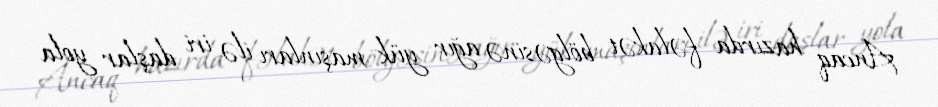
Ancaq hazırda fəlakət bölgəsinə ağır yük maşınları ilə iri daşlar yola